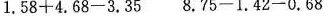
1.58+4.68-3.35 8.75-1.42-0.68